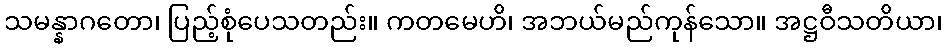
သမန္နာဂတော၊ ပြည့်စုံပေသတည်း။ ကတမေဟိ၊ အဘယ်မည်ကုန်သော။ အဋ္ဌဝီသတိယာ၊